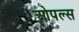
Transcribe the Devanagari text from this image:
ओपल्स